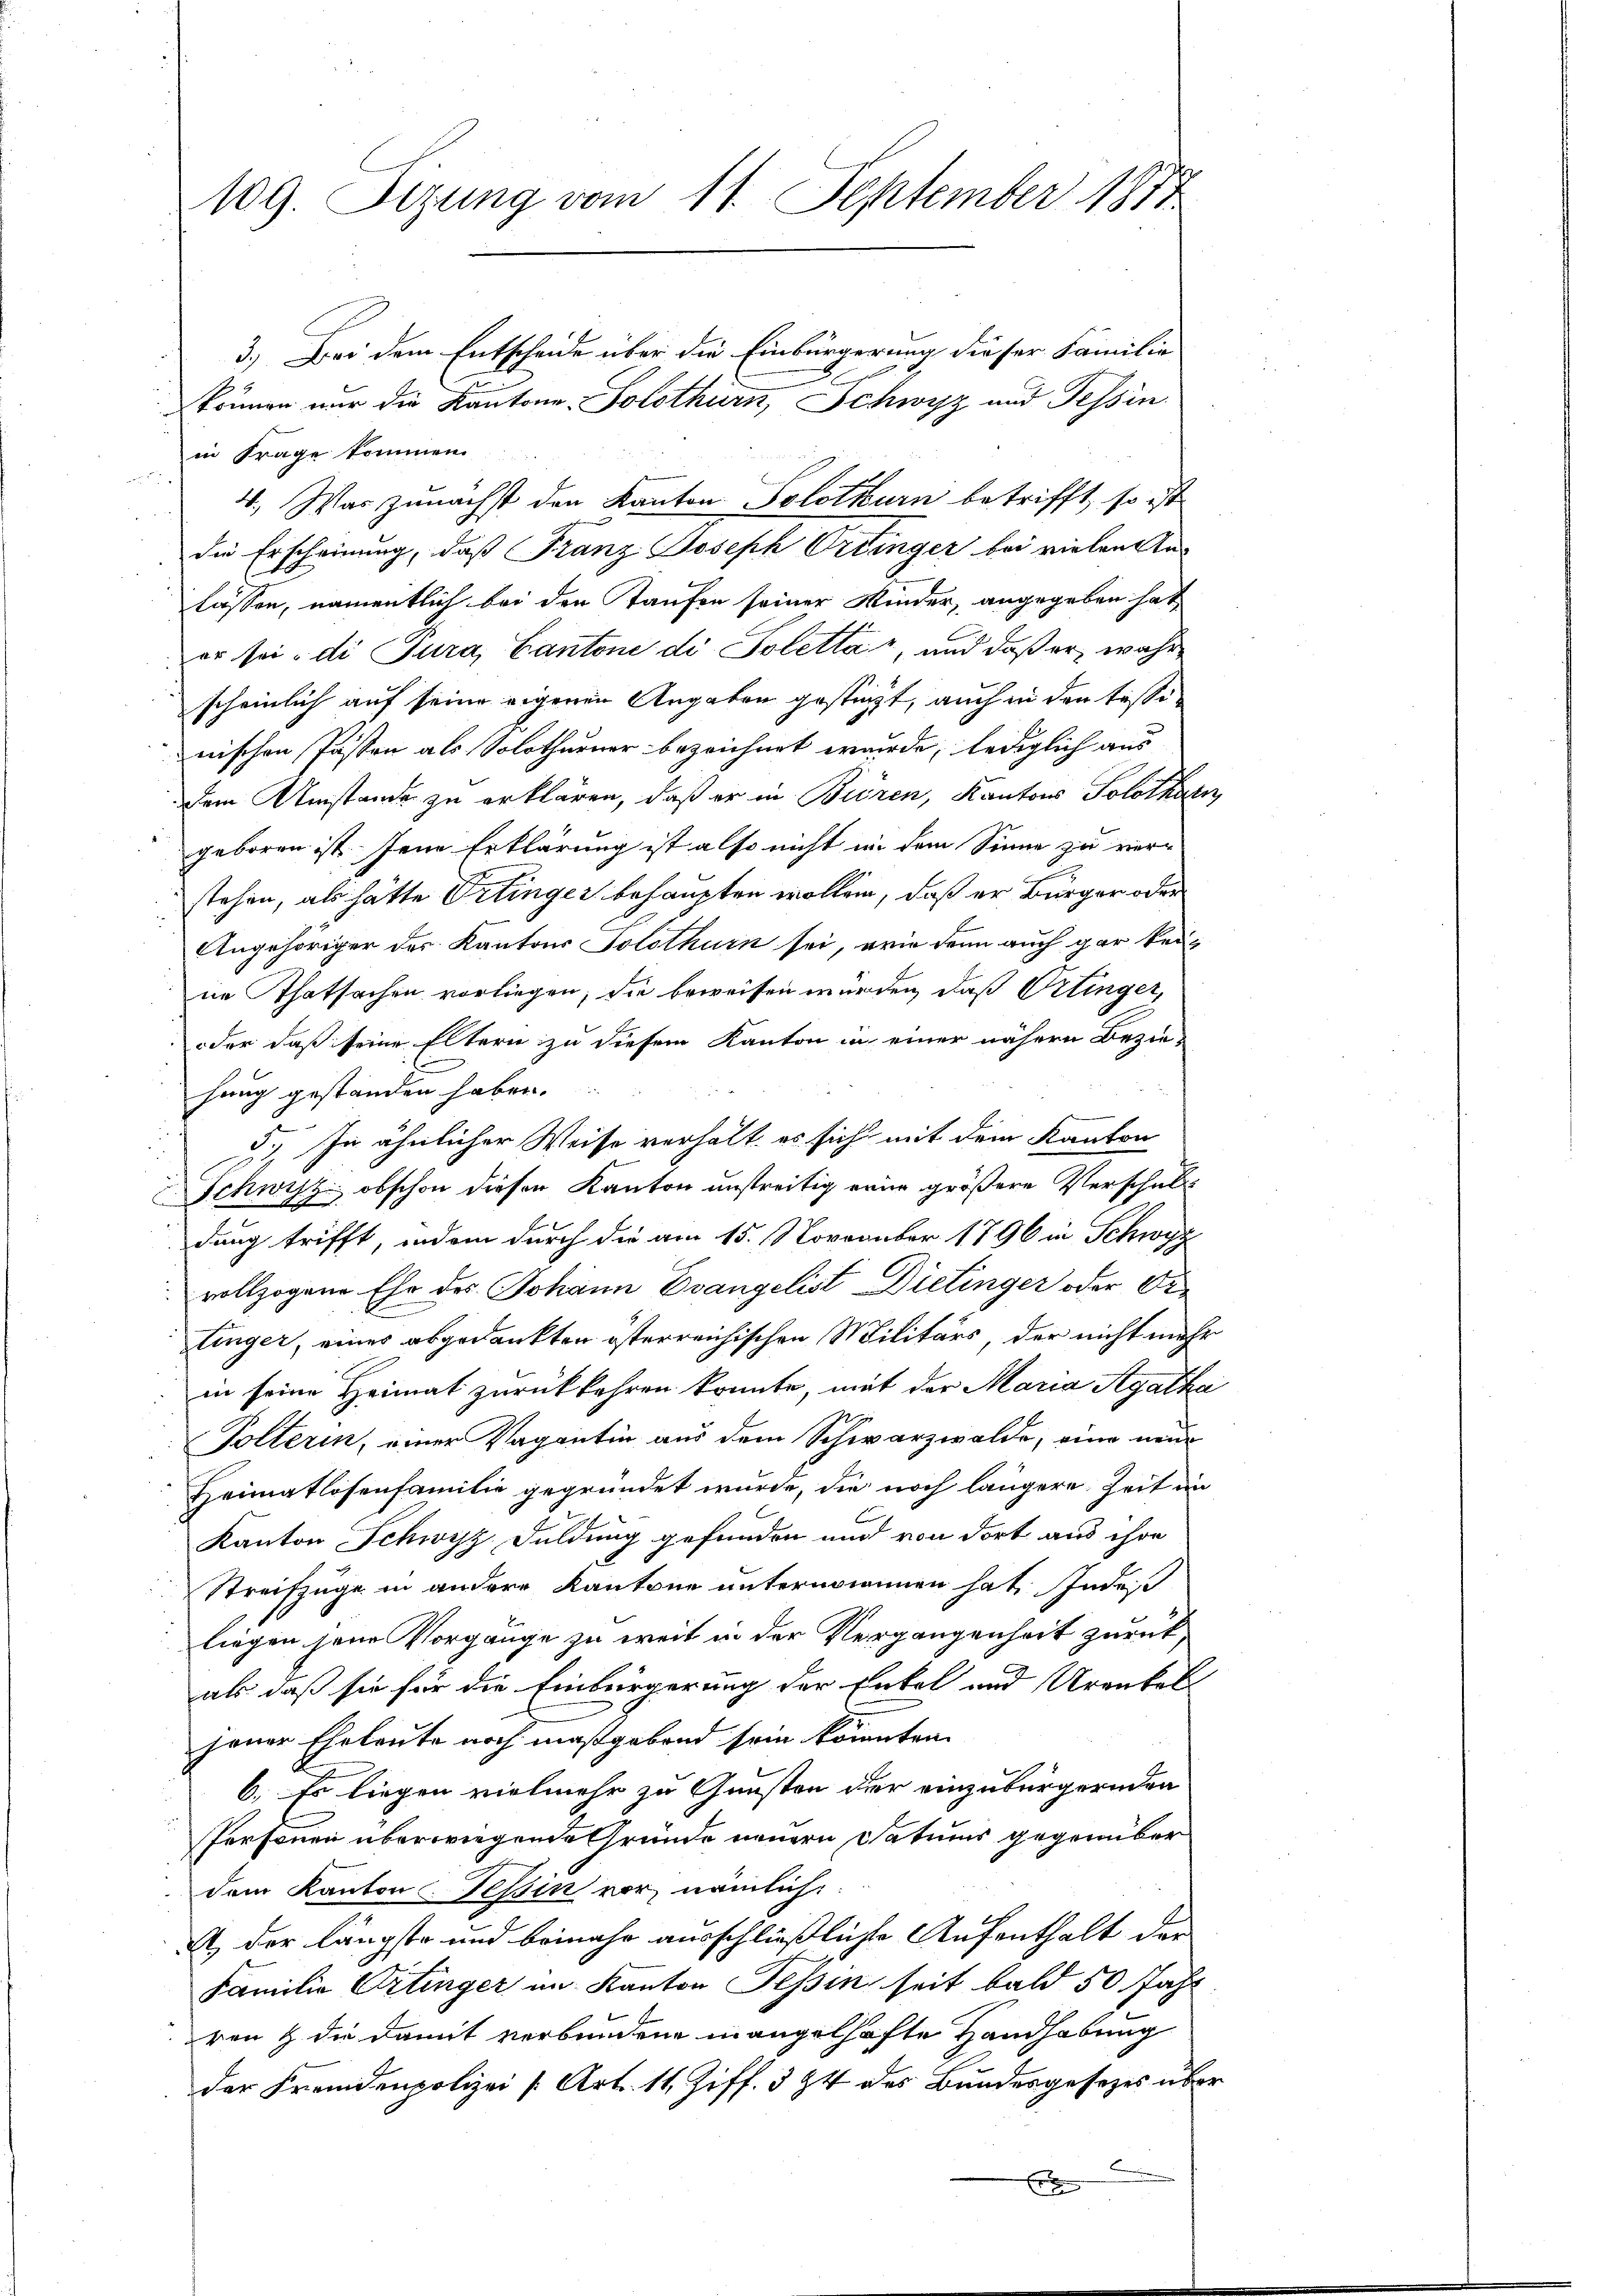
109. Sizung vom 11. September 1871

3.) Bei dem Entscheide über die Einbürgerung dieser Familie
können nur die Kantone Solothurn, Schwyz und Tessin.
in Frage kommen.

4., Was zunächst den Kanton Solothurn betrifft, so ist
die Erscheinung, daß Franz Joseph Ordinger bei vielen Anlassen, namentlich bei den Taufen seiner Kinder, angegeben hat
er sei di Jura, Cantone di Poletta, und daß er, wahr
scheinlich auf seine eigenen Angaben gestürzt, auch in den Tessi
nischen Pasten als Solothurner bezeichnet wurde, lediglich aus
dem Umstände zu erklären, daß er in Bieren, Kantons Solothurn,
geboren ist. Jene Erklärung ist also nicht in dem Sinne zu verstehen, als hätte Ortinger behaupten wollen, daß er Bürger oder
Angehöriger des Kantons Solothurn sei, wie denn auch gar keine Thatsachen vorliegen, die beweisen würden, daß Ortinger,
oder daß seine Eltern zu diesem Kanton in einer nähern Bezie-
hung gestanden haben.
5.) In ähnlicher Weise verhält es sich mit dem Kanton
Schwyz obschon diesen Kanton unstreitig eine größere Verschult
dung trifft, indem durch die am 15. November 1796 in Schwyz
vollzogene Ehe des Johann Evangelist Dietinger oder Or
tinger, eines abgedankten österreichischen Militärs, der nicht mehr
in seine Heimat zurückkehren könnte, mit der Maria Agatha
Tolterin, einer Vagantin aus dem Schwarzwalde, eine neue
Heimatlosenfamilie gegründet wurde, die noch längere Zeit im
Kanton Schwyz Duldung gefunden und von dort aus ihre
Streifzüge in andere Kantone unternommen hat, Indes
liegen jene Vorgänge zu weit in der Vergangenheit zurück,
als daß sie für die Einbürgerung der Enkel und Urenkel
jener Eheleute noch maßgebend sein könnten.
6. Es liegen vielmehr zu Gunsten der einzubürgernden
Personen überwiegende Gründe neuern Datums gegenüber
dem Kanton Tessin vor, nämlich:
I der längste und beinahe ausschließliche Aufenthalt der
Familie Ortinger im Kanton Tessin seit bald 50 Jahr
ren & die damit verbundene mangelhafte Handhabung
der Fremdenpolizei (Art. 11, Ziff. 3 24 des Bundesgesetzes über
f